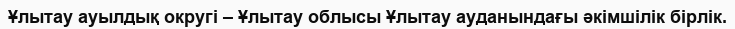
Ұлытау ауылдық округі – Ұлытау облысы Ұлытау ауданындағы әкімшілік бірлік.